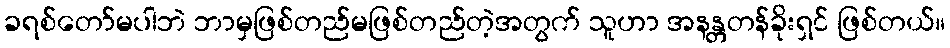
ခရစ်တော်မပါဘဲ ဘာမှဖြစ်တည်မဖြစ်တည်တဲ့အတွက် သူဟာ အနန္တတန်ခိုးရှင် ဖြစ်တယ်။